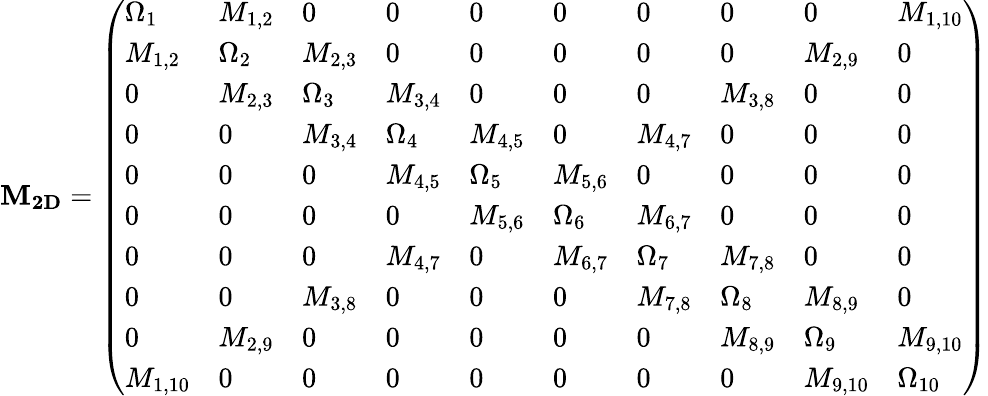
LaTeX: \mathbf{M_{2D}}=\left(\begin{array}{llllllllll}{\Omega_{1}}&{M_{1,2}}&{0}&{0}&{0}&{0}&{0}&{0}&{0}&{M_{1,10}}\\ {M_{1,2}}&{\Omega_{2}}&{M_{2,3}}&{0}&{0}&{0}&{0}&{0}&{M_{2,9}}&{0}\\ {0}&{M_{2,3}}&{\Omega_{3}}&{M_{3,4}}&{0}&{0}&{0}&{M_{3,8}}&{0}&{0}\\ {0}&{0}&{M_{3,4}}&{\Omega_{4}}&{M_{4,5}}&{0}&{M_{4,7}}&{0}&{0}&{0}\\ {0}&{0}&{0}&{M_{4,5}}&{\Omega_{5}}&{M_{5,6}}&{0}&{0}&{0}&{0}\\ {0}&{0}&{0}&{0}&{M_{5,6}}&{\Omega_{6}}&{M_{6,7}}&{0}&{0}&{0}\\ {0}&{0}&{0}&{M_{4,7}}&{0}&{M_{6,7}}&{\Omega_{7}}&{M_{7,8}}&{0}&{0}\\ {0}&{0}&{M_{3,8}}&{0}&{0}&{0}&{M_{7,8}}&{\Omega_{8}}&{M_{8,9}}&{0}\\ {0}&{M_{2,9}}&{0}&{0}&{0}&{0}&{0}&{M_{8,9}}&{\Omega_{9}}&{M_{9,10}}\\ {M_{1,10}}&{0}&{0}&{0}&{0}&{0}&{0}&{0}&{M_{9,10}}&{\Omega_{10}}\end{array}\right)